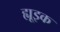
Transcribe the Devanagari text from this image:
ह्यूइक